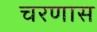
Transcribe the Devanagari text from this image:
चरणास